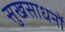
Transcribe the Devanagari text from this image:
सुखसाधनों